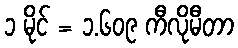
၁ မိုင် = ၁.၆၀၉ ကီလိုမီတာ